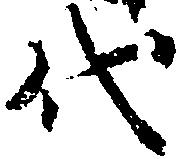
代